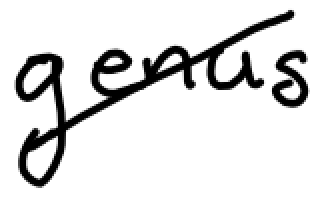
Text: genus
Cross-out: diagonal
Writing tool: digital_black